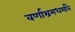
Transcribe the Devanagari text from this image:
वर्णाश्रमधर्माने